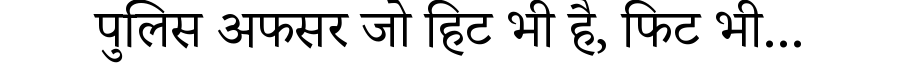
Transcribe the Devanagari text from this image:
पुलिस अफसर जो हिट भी है, फिट भी...